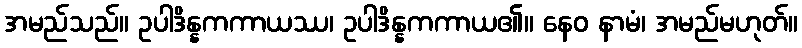
အမည်သည်။ ဥပါဒိန္နကကာယဿ၊ ဥပါဒိန္နကကာယ၏။ နေဝ နာမံ၊ အမည်မဟုတ်။